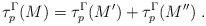
LaTeX: \begin{align*} \tau^{\Gamma}_p (M) = \tau^{\Gamma}_p (M') + \tau^{\Gamma}_p (M'') \; .\end{align*}